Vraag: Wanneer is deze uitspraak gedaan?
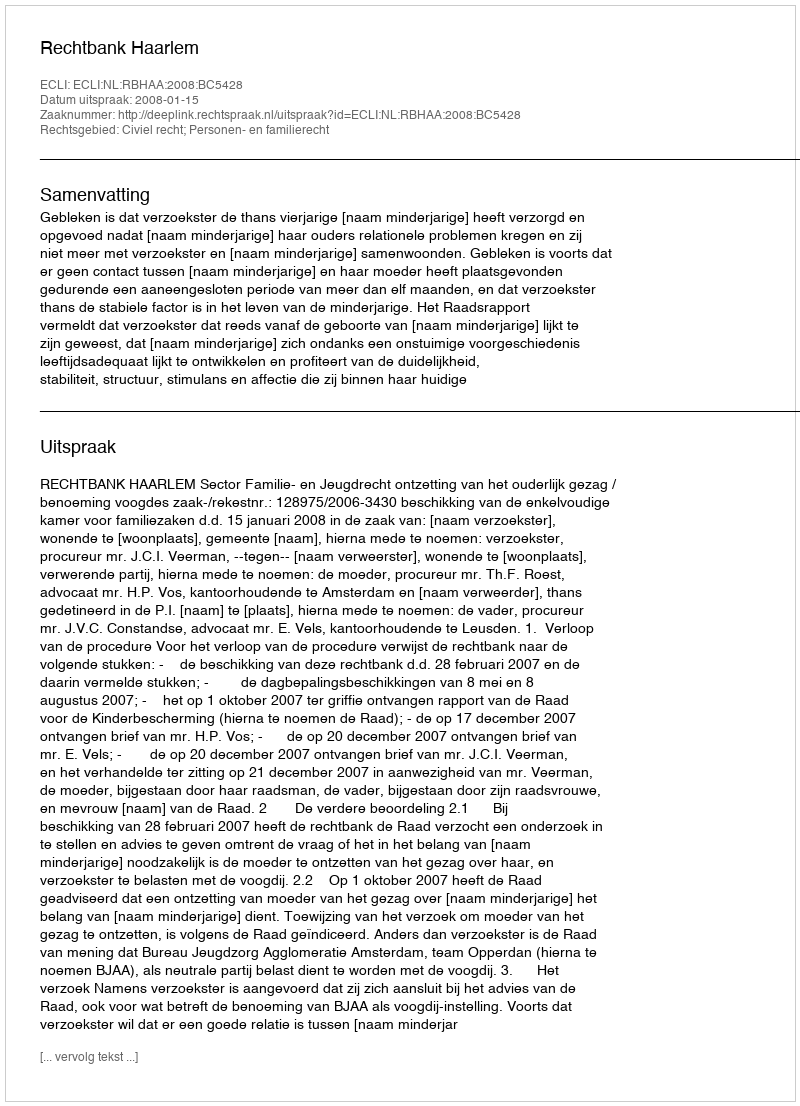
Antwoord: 2008-01-15